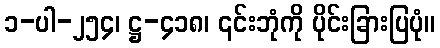
၁-ပါ-၂၅၄၊ ဋ္ဌ-၄၁၈၊ ၎င်းဘုံကို ပိုင်းခြားပြပုံ။